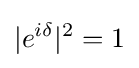
|e^{i\delta }|^{2}=1